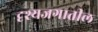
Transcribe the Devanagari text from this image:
दृश्यजगातील